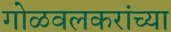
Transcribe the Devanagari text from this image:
गोळवलकरांच्या